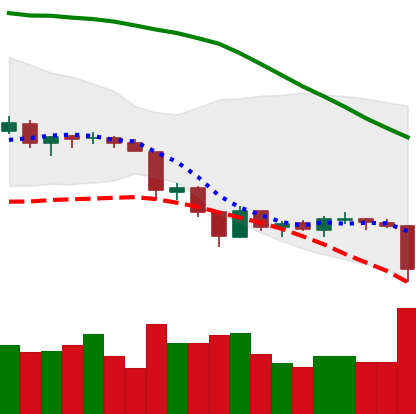
Ticker: LTC-USD
Chart end date: 2018-06-22
Forward return: -5.191%
Label: down_5_7